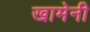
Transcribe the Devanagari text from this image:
खामेनी